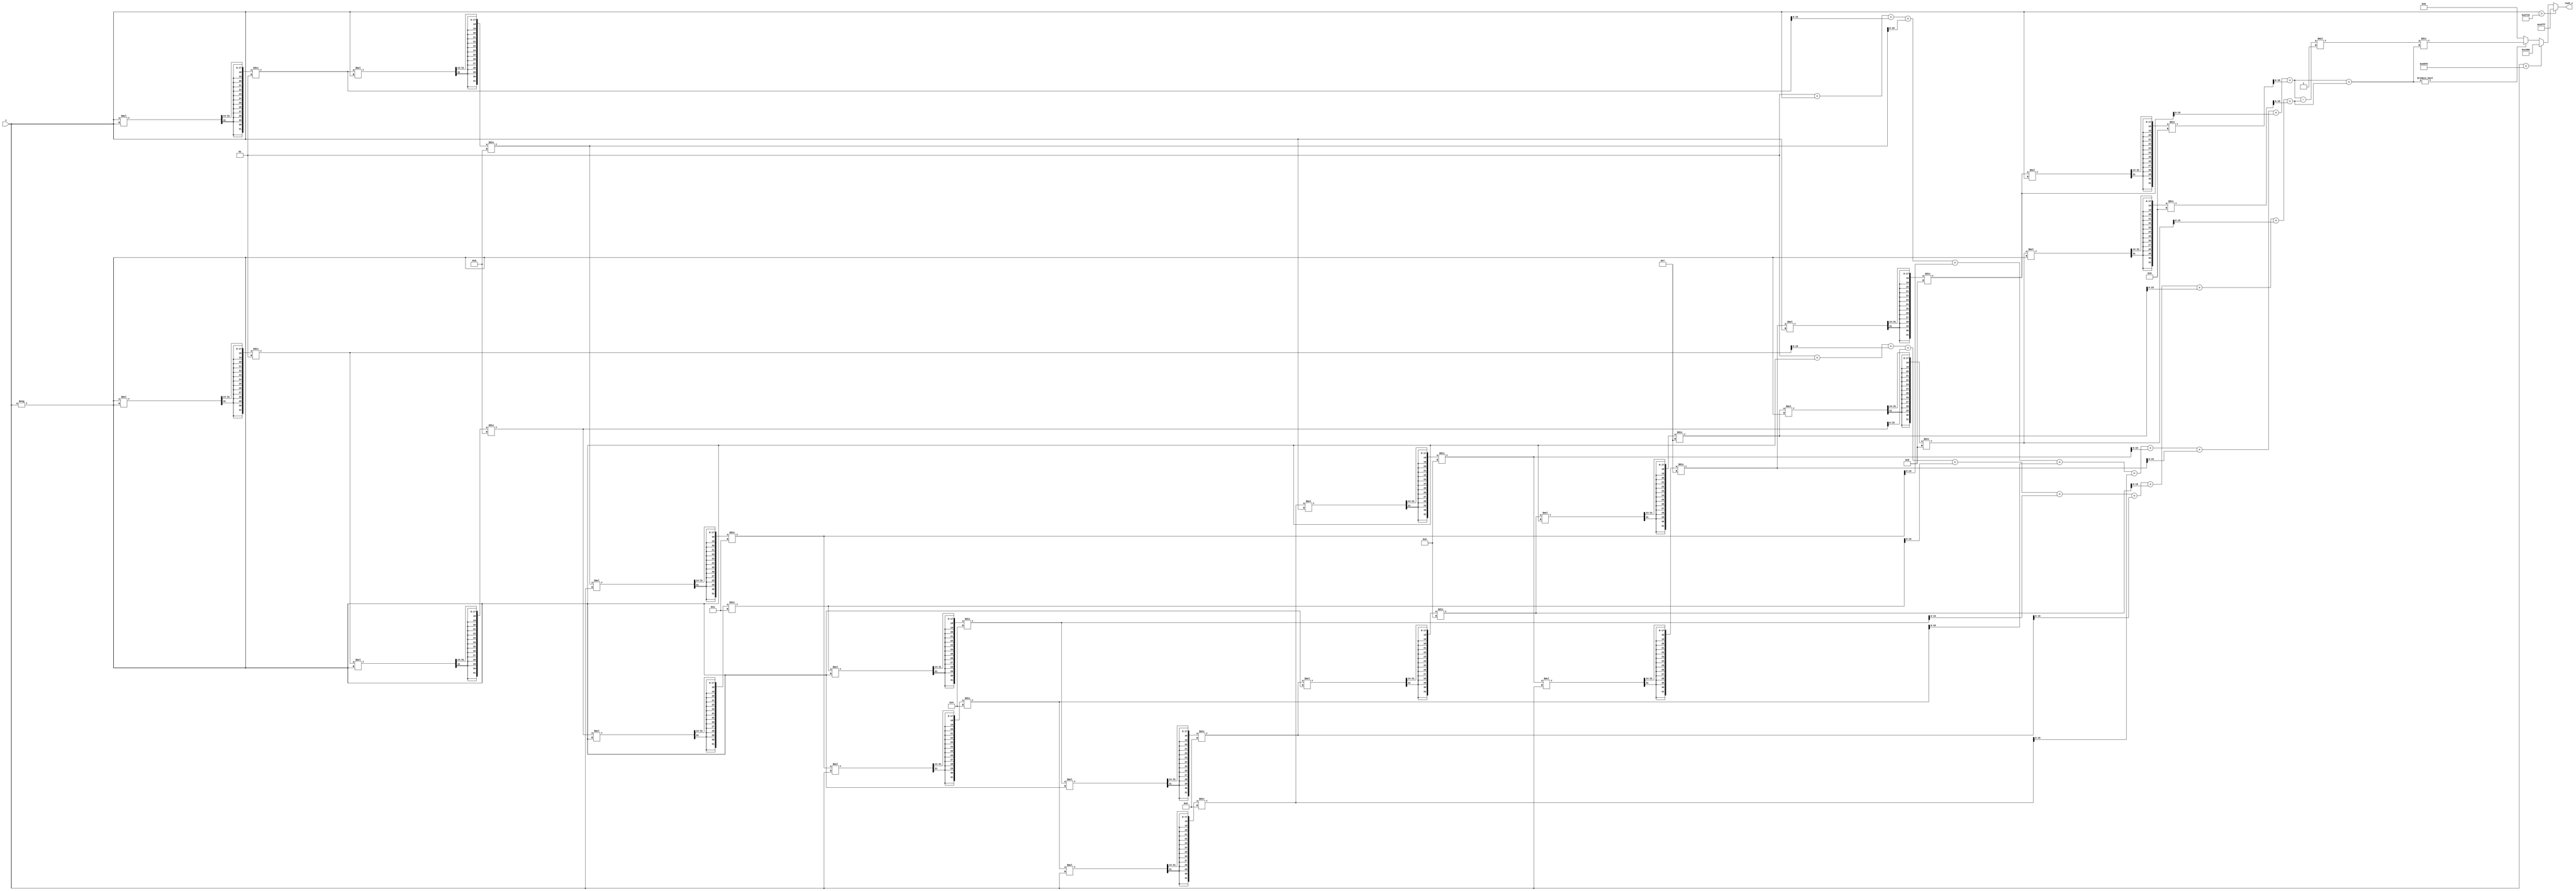
module tanh_block (
    input wire signed [15:0] x,     // Input value (Q1.14 format, range -10 to 10)
    output reg signed [15:0] tanh_x  // Output value (Q1.14 format, range -1 to 1)
);
    reg signed [15:0] exp_x;
    reg signed [15:0] exp_neg_x;
    reg signed [15:0] num;
    reg signed [15:0] denom;

    // Constants for saturation
    localparam signed [15:0] MAX_OUTPUT = 16'h3FFF; // +1 in Q1.14 format
    localparam signed [15:0] MIN_OUTPUT = 16'hC000; // -1 in Q1.14 format
    localparam signed [15:0] THRESHOLD = 16'h2710;   // 10 in Q1.14 format (approx)

    // Simple exponential approximation using Taylor series
    function signed [15:0] exp_approx(input signed [15:0] value);
        reg signed [31:0] result;  // Intermediate result for calculations
        reg signed [31:0] term;     // Current term in the series
        integer i;

        begin
            result = 0;
            term = value; // x^1 / 1!
            result = result + 16'h0001; // Start with 1 (0! = 1)

            for (i = 1; i <= 10; i = i + 1) begin // Calculate 10 terms
                result = result + term;
                term = (term * value) >>> 14; // (value^n) / n! in Q1.14 format
                term = term / i; // Divide by factorial
            end

            exp_approx = result; // Result is in Q1.14 format
        end
    endfunction

    always @(*) begin
        // Check input range for saturation
        if (x > THRESHOLD) begin
            tanh_x = MAX_OUTPUT; // Clamp to +1
        end else if (x < -THRESHOLD) begin
            tanh_x = MIN_OUTPUT; // Clamp to -1
        end else begin
            // Calculate e^x and e^-x
            exp_x = exp_approx(x);
            exp_neg_x = exp_approx(-x);

            // Calculate tanh(x) = (e^x - e^-x) / (e^x + e^-x)
            num = exp_x - exp_neg_x; // Numerator
            denom = exp_x + exp_neg_x; // Denominator
            
            // Avoid division by zero
            if (denom != 0) begin
                tanh_x = (num * 16'h0001) / denom; // Scale for Q1.14
            end else begin
                tanh_x = 0; // Handle edge case
            end
        end
    end
endmodule